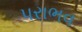
પરાભવ